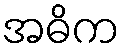
အဓိက